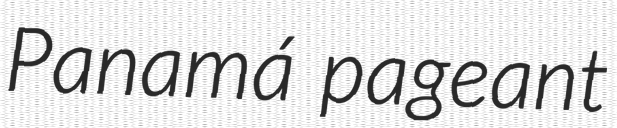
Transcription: Panamá pageant